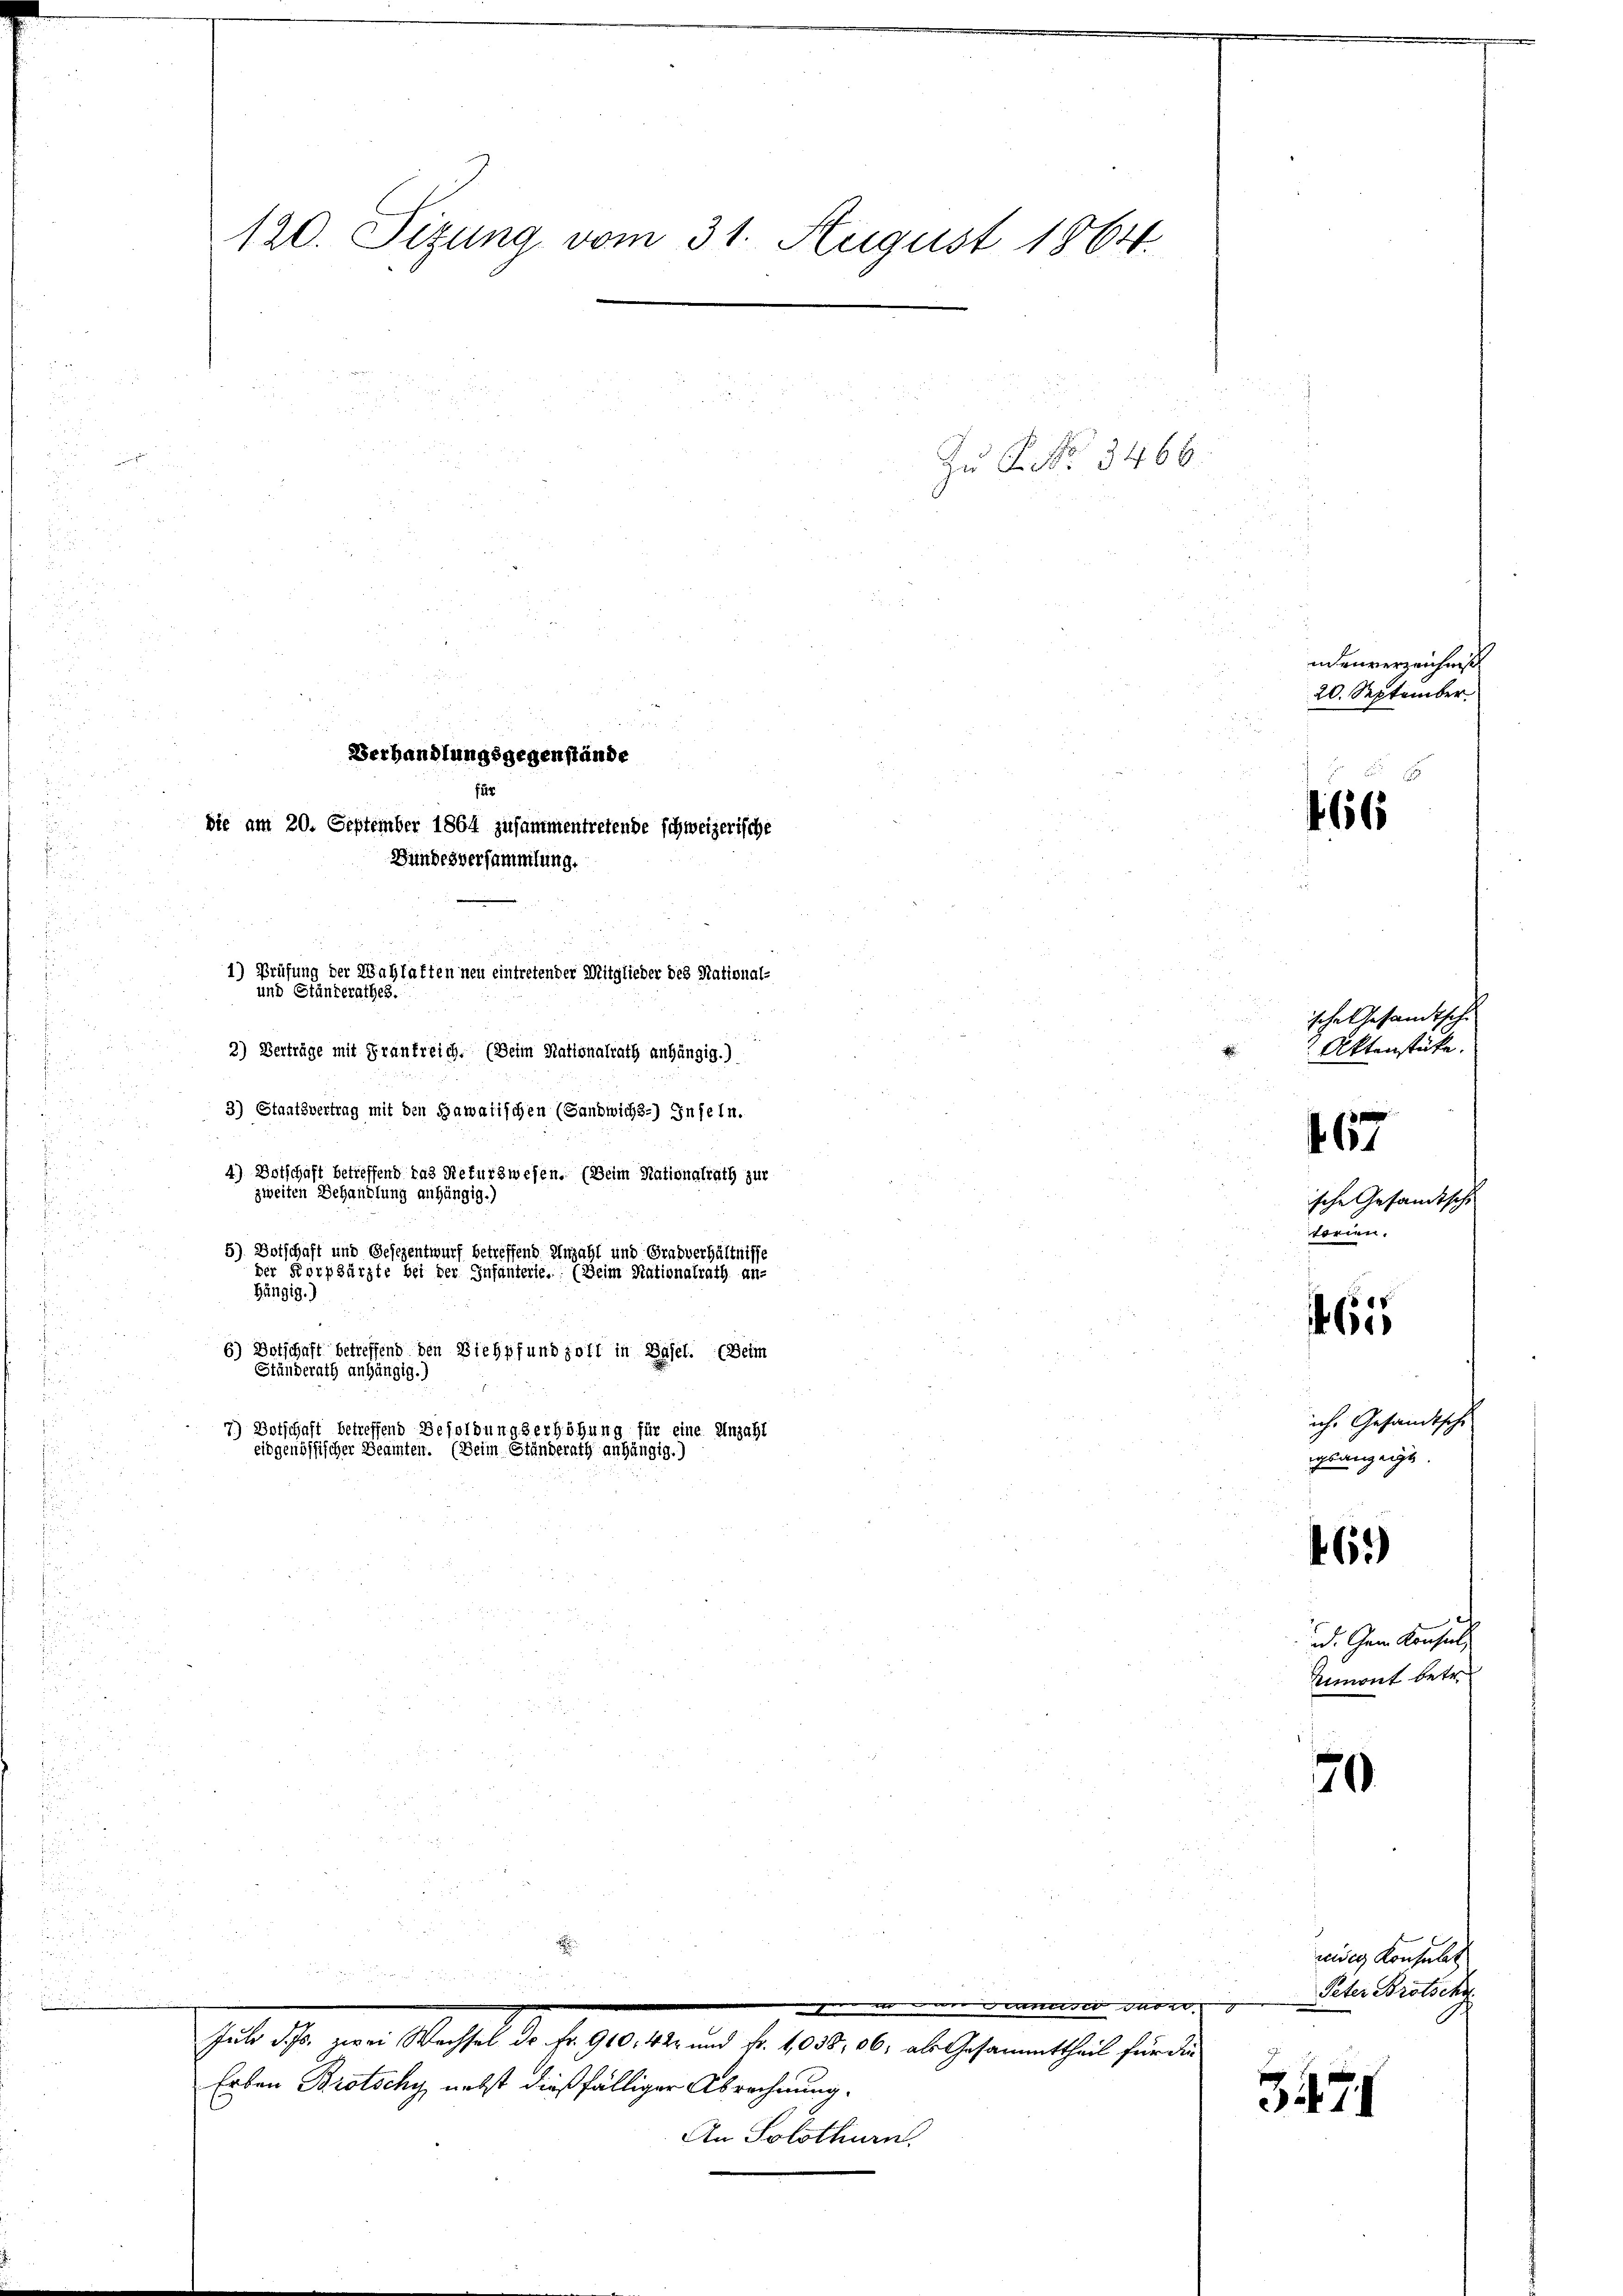
.

.

.

.

.
u
e
3) Staatsvertrag mit den Gawatischen (Sanbwichs-) Inseln.
4) Dotschaft betreffend das Refurzwesen. (Beim Nationalrath zur
zweiten Behandlung anhängig.)
5) Botschaft und Gesezentwurf betreffend Anzahl und Gradverhältnisse
der Korpsärzte bei der Infanterie. (Beim Rationalrath an-
Hängig.)
6) Botschaft betreffend den Viehpfund zott in Basel. (Beim
Ständerath anhängig.)
7) Dotschaft betreffend Besoldungserhöhung für eine Anzahl
eidgenössischer Beamten. (Beim Ständerath anhängig.)

120. Sitzung vom 31. August 1864.

Verhandlungsgegenstände
für
Sie am 20. September 1864 zusammentretende schweizerische

Bundesversammlung.
1) Prüfung der Wahlaften neu eintretender Mitglieder des National-
und Ständerathes.
2) Verträge mit Frankreich. (Beim Nationalrath anhängig.)

Zu P. Nr. 3466.

.
Juli d. Js. zwei Wechsel de Fr. 910, 42 und Fr. 1038,06; als Gesammttheil für die
Erben Brotschy, nebst dießfälliger Abrechnung.

An Solothurn.

i

Francs der Peter Brotschy

udenverzeichnis.
20. September.

66

ische Gesandtsche
 Aktenstücke.
467
ische Gesandtsche
torien.

65

ich. Gesandtsche
igsanzeigt.

461)

d. Gem Konsuls
Limont betre

70

wider Konsulat

3474